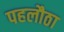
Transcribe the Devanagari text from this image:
पहलौठा